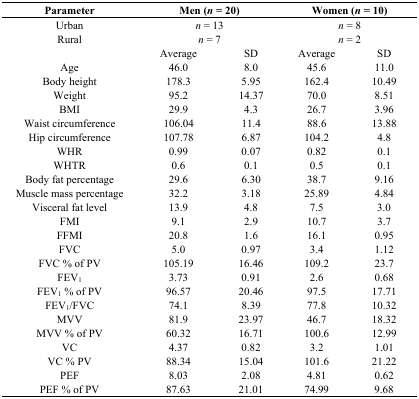
| Parameter | <COLSPAN=2> Men (n = 20) | <COLSPAN=2> Women (n = 10) |
 | --- | --- | --- | --- | --- |
 | Urban | <COLSPAN=2> n = 13 | <COLSPAN=2> n = 8 |
 | Rural | <COLSPAN=2> n = 7 | <COLSPAN=2> n = 2 |
 |  | Average | SD | Average | SD |
 | Age | 46.0 | 8.0 | 45.6 | 11.0 |
 | Body height | 178.3 | 5.95 | 162.4 | 10.49 |
 | Weight | 95.2 | 14.37 | 70.0 | 8.51 |
 | BMI | 29.9 | 4.3 | 26.7 | 3.96 |
 | Waist circumference | 106.04 | 11.4 | 88.6 | 13.88 |
 | Hip circumference | 107.78 | 6.87 | 104.2 | 4.8 |
 | WHR | 0.99 | 0.07 | 0.82 | 0.1 |
 | WHTR | 0.6 | 0.1 | 0.5 | 0.1 |
 | Body fat percentage | 29.6 | 6.30 | 38.7 | 9.16 |
 | Muscle mass percentage | 32.2 | 3.18 | 25.89 | 4.84 |
 | Visceral fat level | 13.9 | 4.8 | 7.5 | 3.0 |
 | FMI | 9.1 | 2.9 | 10.7 | 3.7 |
 | FFMI | 20.8 | 1.6 | 16.1 | 0.95 |
 | FVC | 5.0 | 0.97 | 3.4 | 1.12 |
 | FVC % of PV | 105.19 | 16.46 | 109.2 | 23.7 |
 | FEV1 | 3.73 | 0.91 | 2.6 | 0.68 |
 | FEV1 % of PV | 96.57 | 20.46 | 97.5 | 17.71 |
 | FEV1/FVC | 74.1 | 8.39 | 77.8 | 10.32 |
 | MVV | 81.9 | 23.97 | 46.7 | 18.32 |
 | MVV % of PV | 60.32 | 16.71 | 100.6 | 12.99 |
 | VC | 4.37 | 0.82 | 3.2 | 1.01 |
 | VC % PV | 88.34 | 15.04 | 101.6 | 21.22 |
 | PEF | 8.03 | 2.08 | 4.81 | 0.62 |
 | PEF % of PV | 87.63 | 21.01 | 74.99 | 9.68 |